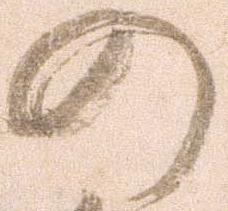
の